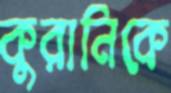
কুরানিকে